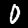
Label: 0